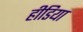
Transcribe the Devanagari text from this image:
हीडिया